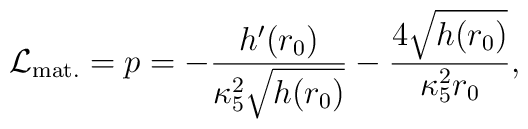
{\cal L}_{\rm mat.} = p =-\frac{h'(r_0)}{\kappa_5^2 \sqrt{h(r_0)}} - \frac{4\sqrt{h(r_0)}}{\kappa_5^2 r_0},